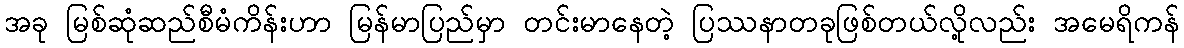
အခု မြစ်ဆုံဆည်စီမံကိန်းဟာ မြန်မာပြည်မှာ တင်းမာနေတဲ့ ပြဿနာတခုဖြစ်တယ်လို့လည်း အမေရိကန်